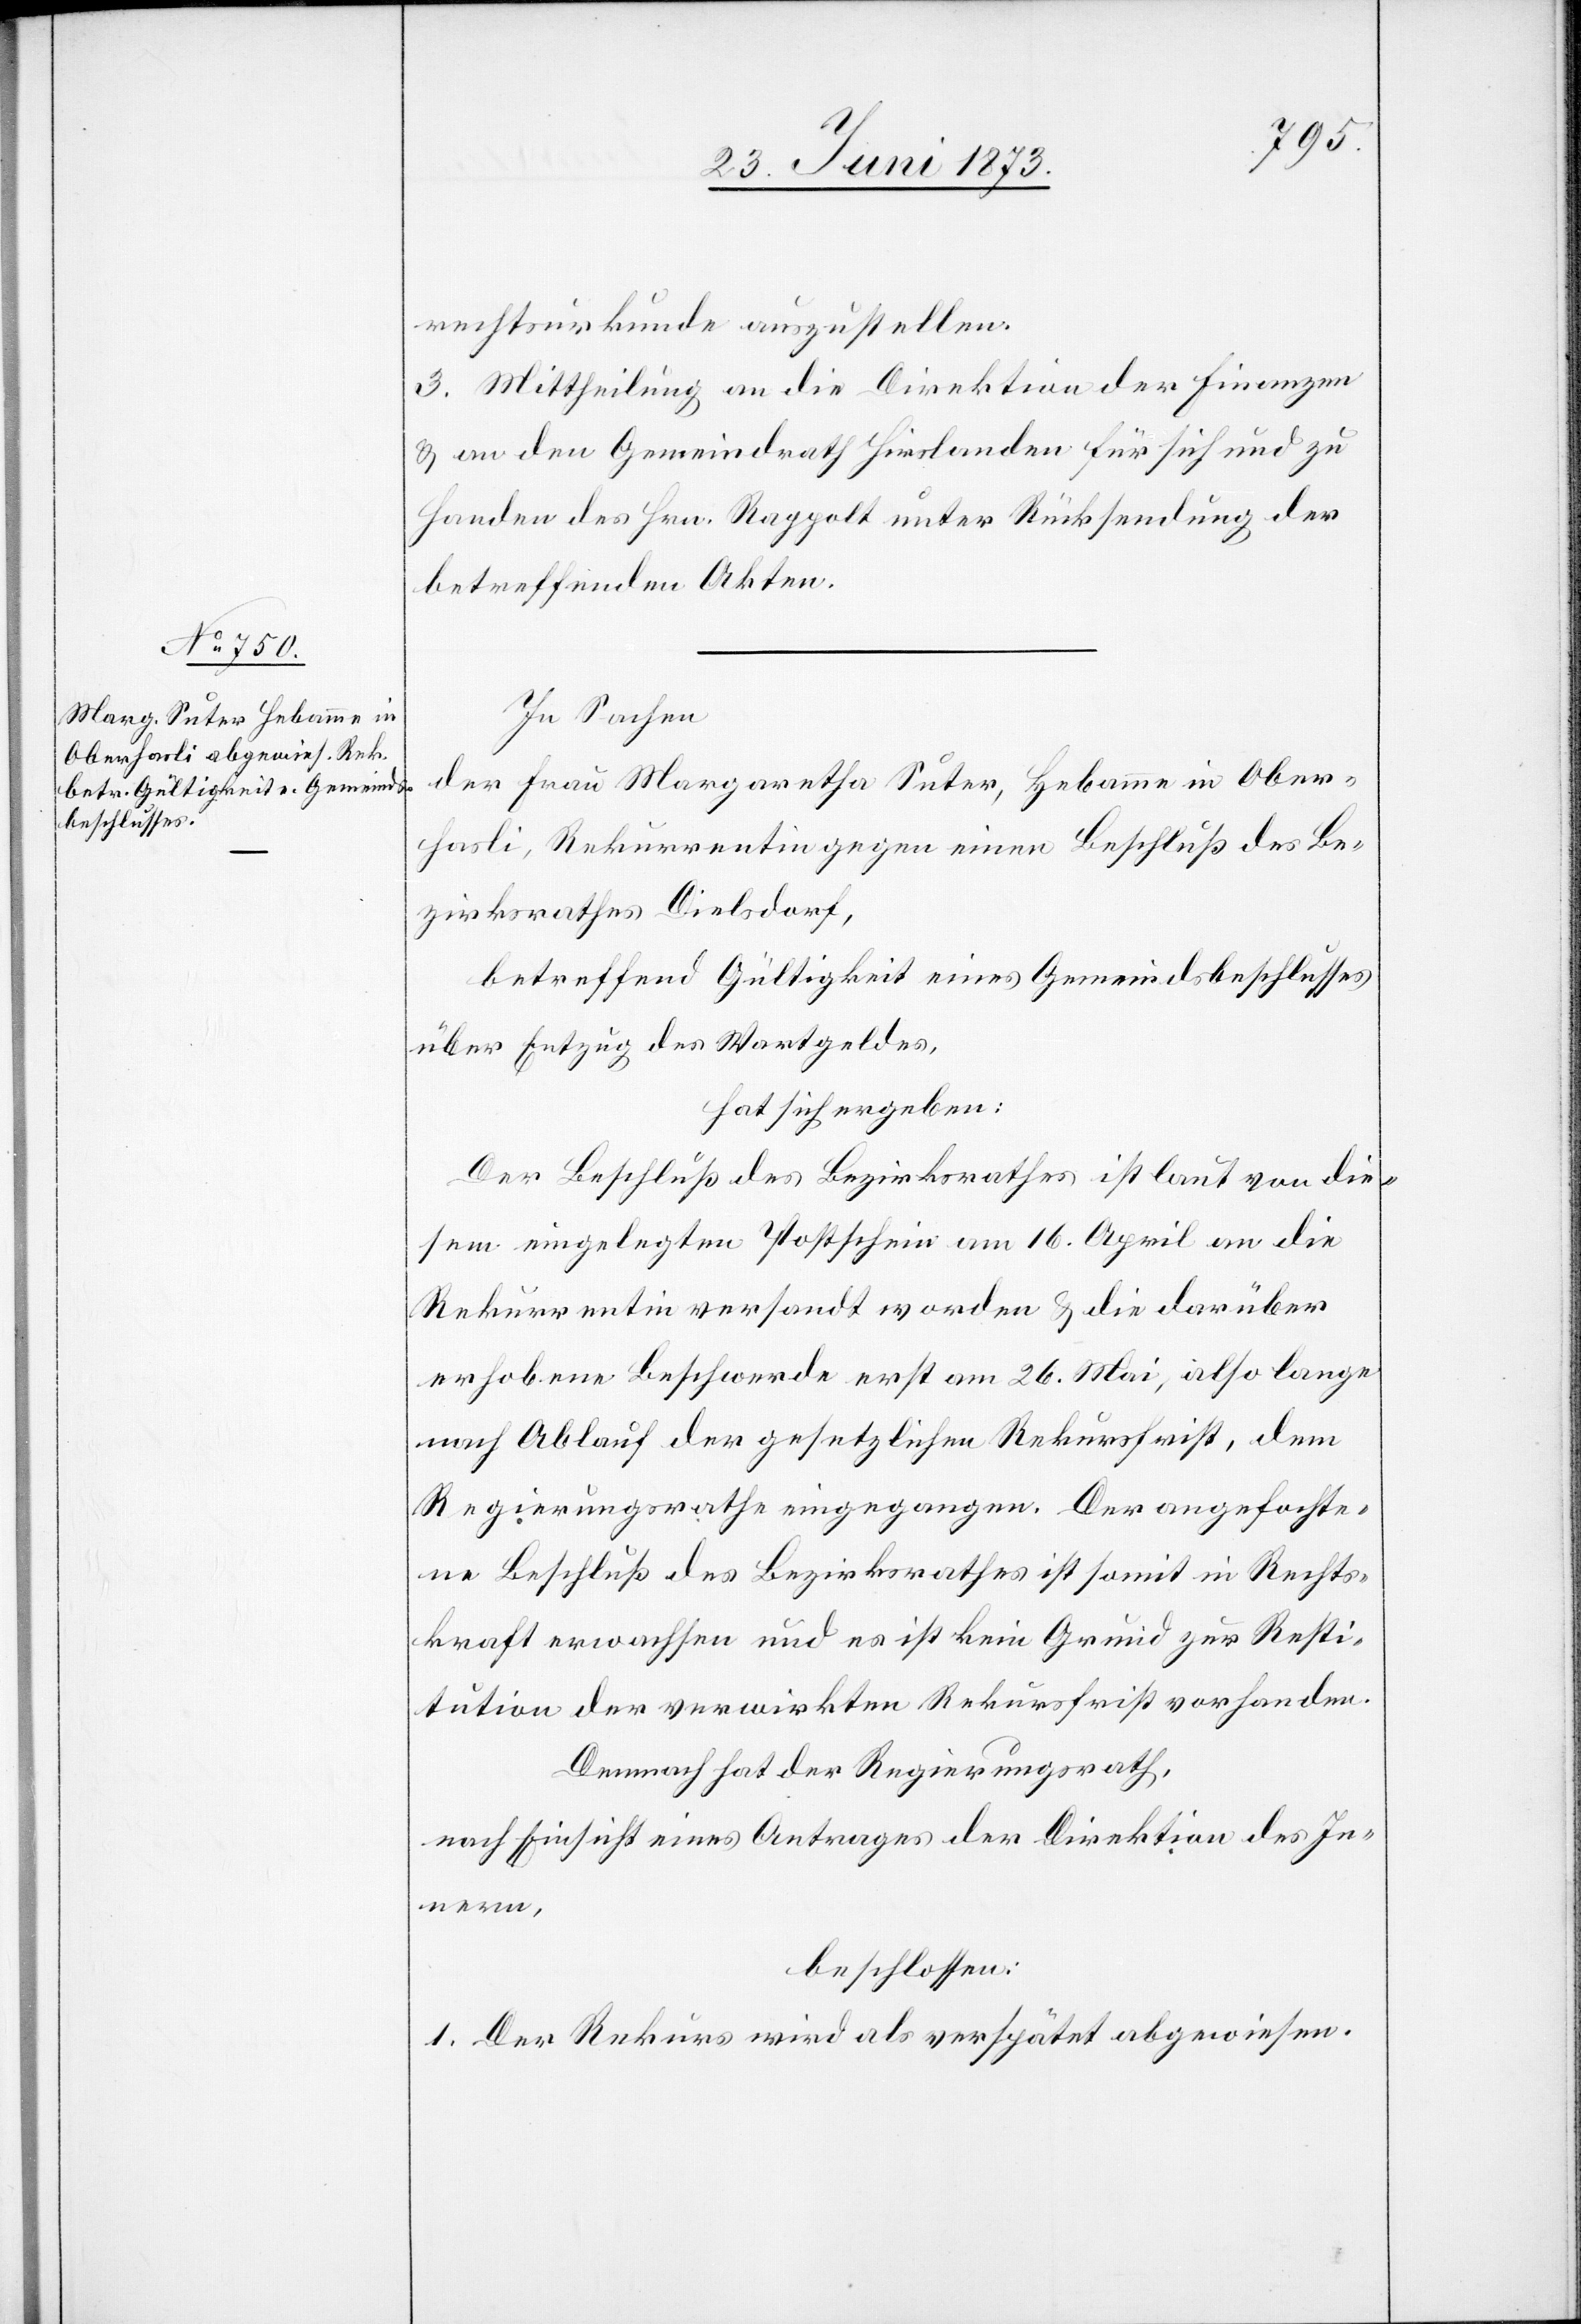
rechtsurkunde auszustellen.
3. Mittheilung an die Direktion der Finanzen
& an den Gemeindrath Hirslanden für sich und zu
Handen des Hrn. Rappolt unter Rücksendung der
betreffenden Akten.
In Sachen
der Frau Margaretha Suter, Hebamme in Ober¬
hasli, Rekurrentin gegen einen Beschluß des Be¬
zirksrathes Dielsdorf,
betreffend Gültigkeit eines Gemeindsbeschlusses
über Entzug des Wartgeldes,
hat sich ergeben:
Der Beschluß des Bezirksrathes ist laut von die¬
sem eingelegten Postschein am 16. April an die
Rekurrentin versandt worden & die darüber
erhobene Beschwerde erst am 26. Mai, also lange
nach Ablauf der gesetzlichen Rekursfrist, dem
Regierungsrathe eingegangen. Der angefochte¬
ne Beschluß des Bezirksrathes ist somit in Rechts¬
kraft erwachsen und es ist kein Grund zur Resti¬
tution der verwirkten Rekursfrist vorhanden.
Demnach hat der Regierungsrath,
nach Einsicht eines Antrages der Direktion des In¬
nern,
beschlossen:
1. Der Rekurs wird als verspätet abgewiesen.